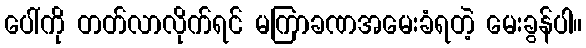
ပေါ်ကို တတ်လာလိုက်ရင် မကြာခဏအမေးခံရတဲ့ မေးခွန်ပါ။